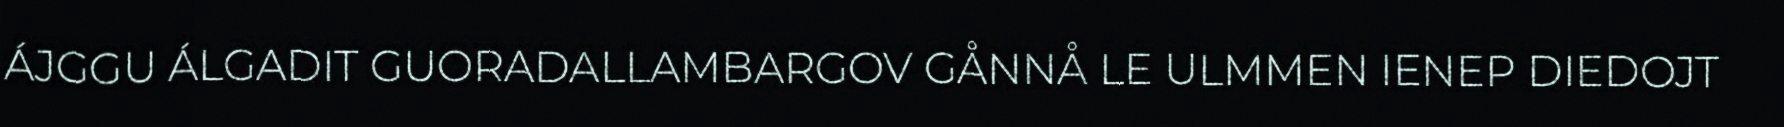
ÁJGGU ÁLGADIT GUORADALLAMBARGOV GÅNNÅ LE ULMMEN IENEP DIEDOJT